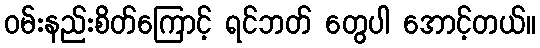
ဝမ်းနည်းစိတ်ကြောင့် ရင်ဘတ် တွေပါ အောင့်တယ်။